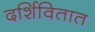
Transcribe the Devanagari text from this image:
दर्शिवितात